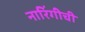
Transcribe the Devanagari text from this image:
नारिंगीची